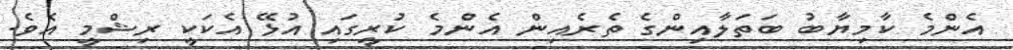
އެންމެ ކާމިޔާބު ބަތަލާއިންގެ ތެރެއިން އެންމެ ކުރީގައި އުޅޭ އެކަކީ ރިޝްމީ އެވެ.